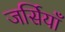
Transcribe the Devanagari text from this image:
जर्सियाँ